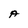
Character: A